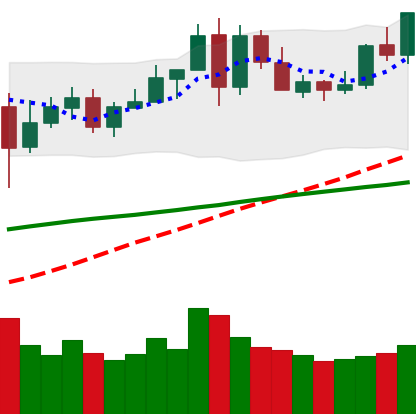
Ticker: LINK-USD
Chart end date: 2020-05-30
Forward return: 6.347%
Label: up_5_7